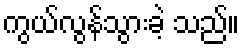
ကွယ်လွန်သွားခဲ့ သည်။